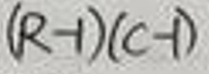
$(R - 1)(C - 1)$